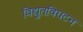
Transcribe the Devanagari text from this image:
विद्युतविघटन